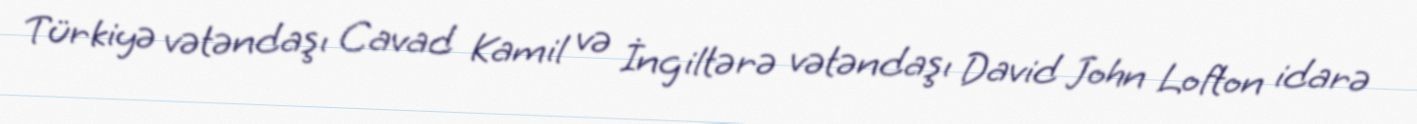
Türkiyə vətəndaşı Cavad Kamil və İngiltərə vətəndaşı David John Lofton idarə